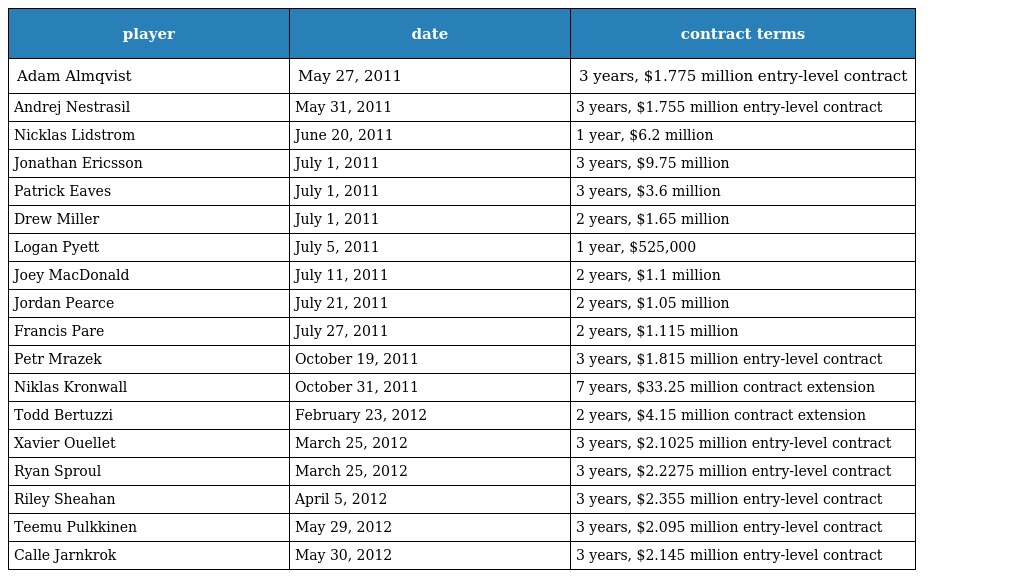
| player | date | contract terms |
 | --- | --- | --- |
 | Adam Almqvist | May 27, 2011 | 3 years, $1.775 million entry-level contract |
 | Andrej Nestrasil | May 31, 2011 | 3 years, $1.755 million entry-level contract |
 | Nicklas Lidstrom | June 20, 2011 | 1 year, $6.2 million |
 | Jonathan Ericsson | July 1, 2011 | 3 years, $9.75 million |
 | Patrick Eaves | July 1, 2011 | 3 years, $3.6 million |
 | Drew Miller | July 1, 2011 | 2 years, $1.65 million |
 | Logan Pyett | July 5, 2011 | 1 year, $525,000 |
 | Joey MacDonald | July 11, 2011 | 2 years, $1.1 million |
 | Jordan Pearce | July 21, 2011 | 2 years, $1.05 million |
 | Francis Pare | July 27, 2011 | 2 years, $1.115 million |
 | Petr Mrazek | October 19, 2011 | 3 years, $1.815 million entry-level contract |
 | Niklas Kronwall | October 31, 2011 | 7 years, $33.25 million contract extension |
 | Todd Bertuzzi | February 23, 2012 | 2 years, $4.15 million contract extension |
 | Xavier Ouellet | March 25, 2012 | 3 years, $2.1025 million entry-level contract |
 | Ryan Sproul | March 25, 2012 | 3 years, $2.2275 million entry-level contract |
 | Riley Sheahan | April 5, 2012 | 3 years, $2.355 million entry-level contract |
 | Teemu Pulkkinen | May 29, 2012 | 3 years, $2.095 million entry-level contract |
 | Calle Jarnkrok | May 30, 2012 | 3 years, $2.145 million entry-level contract |